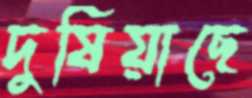
দুষিয়াছে